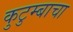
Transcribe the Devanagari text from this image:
कुटुम्बाचा